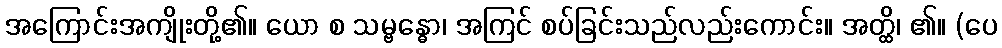
အကြောင်းအကျိုးတို့၏။ ယော စ သမ္ဗန္ဓော၊ အကြင် စပ်ခြင်းသည်လည်းကောင်း။ အတ္ထိ၊ ၏။ (ပေ